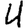
Digit: 4